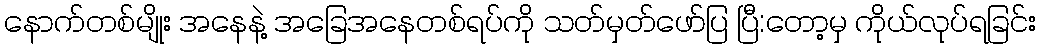
နောက်တစ်မျိုး အနေနဲ့ အခြေအနေတစ်ရပ်ကို သတ်မှတ်ဖော်ပြ ပြီ:တော့မှ ကိုယ်လုပ်ရခြင်း